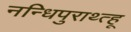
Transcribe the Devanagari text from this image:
नन्धिपुराथ्त्हू